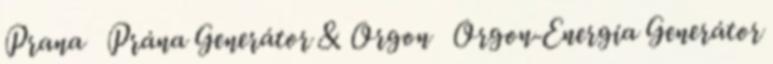
Prana Prána Generátor & Orgon Orgon-Energia Generátor